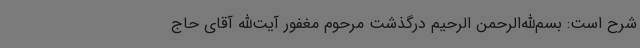
شرح است: بسم‌الله‌الرحمن الرحیم درگذشت مرحوم مغفور آیت‌الله آقای حاج